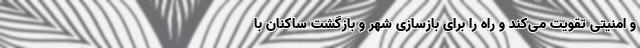
و امنیتی تقویت می‌کند و راه را برای بازسازی شهر و بازگشت ساکنان با